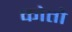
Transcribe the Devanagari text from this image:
कोतो